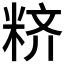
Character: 𱹁